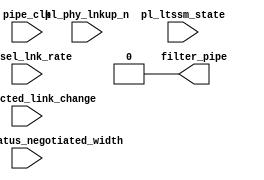
//-----------------------------------------------------------------------------
//
// (c) Copyright 2009 Xilinx, Inc. All rights reserved.
//
// This file contains confidential and proprietary information
// of Xilinx, Inc. and is protected under U.S. and
// international copyright and other intellectual property
// laws.
//
// DISCLAIMER
// This disclaimer is not a license and does not grant any
// rights to the materials distributed herewith. Except as
// otherwise provided in a valid license issued to you by
// Xilinx, and to the maximum extent permitted by applicable
// law: (1) THESE MATERIALS ARE MADE AVAILABLE "AS IS" AND
// WITH ALL FAULTS, AND XILINX HEREBY DISCLAIMS ALL WARRANTIES
// AND CONDITIONS, EXPRESS, IMPLIED, OR STATUTORY, INCLUDING
// BUT NOT LIMITED TO WARRANTIES OF MERCHANTABILITY, NON-
// INFRINGEMENT, OR FITNESS FOR ANY PARTICULAR PURPOSE; and
// (2) Xilinx shall not be liable (whether in contract or tort,
// including negligence, or under any other theory of
// liability) for any loss or damage of any kind or nature
// related to, arising under or in connection with these
// materials, including for any direct, or any indirect,
// special, incidental, or consequential loss or damage
// (including loss of data, profits, goodwill, or any type of
// loss or damage suffered as a result of any action brought
// by a third party) even if such damage or loss was
// reasonably foreseeable or Xilinx had been advised of the
// possibility of the same.
//
// CRITICAL APPLICATIONS
// Xilinx products are not designed or intended to be fail-
// safe, or for use in any application requiring fail-safe
// performance, such as life-support or safety devices or
// systems, Class III medical devices, nuclear facilities,
// applications related to the deployment of airbags, or any
// other applications that could lead to death, personal
// injury, or severe property or environmental damage
// (individually and collectively, "Critical
// Applications"). Customer assumes the sole risk and
// liability of any use of Xilinx products in Critical
// Applications, subject only to applicable laws and
// regulations governing limitations on product liability.
//
// THIS COPYRIGHT NOTICE AND DISCLAIMER MUST BE RETAINED AS
// PART OF THIS FILE AT ALL TIMES.
//
//-----------------------------------------------------------------------------
// Project    : Spartan-6 Integrated Block for PCI Express
// Description: Virtex6 Workaround for Root Port Upconfigurability Bug
//
//-----------------------------------------------------------------------------

`timescale 1ns/1ns

module pcie_upconfig_fix_3451_v6 # (

  parameter                                     UPSTREAM_FACING = "TRUE",
  parameter                                     PL_FAST_TRAIN = "FALSE",
  parameter                                     LINK_CAP_MAX_LINK_WIDTH = 6'h08

)
(

  input                                         pipe_clk,
  input                                         pl_phy_lnkup_n,

  input  [5:0]                                  pl_ltssm_state,
  input                                         pl_sel_lnk_rate,
  input  [1:0]                                  pl_directed_link_change,

  input  [3:0]                                  cfg_link_status_negotiated_width,

  output                                        filter_pipe

);

  parameter TCQ = 1;

  reg                                           reg_filter_pipe;

  reg  [5:0]                                    reg_prev_pl_ltssm_state;
  wire [5:0]                                    prev_pl_ltssm_state;

  reg  [15:0]                                   reg_tsx_counter;
  wire [15:0]                                   tsx_counter;

  wire [5:0]                                    cap_link_width;

  // Corrupting all Tsx on all lanes as soon as we do R.RC->R.RI transition to allow time for
  // the core to see the TS1s on all the lanes being configured at the same time
  // R.RI has a 2ms timeout.Corrupting tsxs for ~1/4 of that time
  // 225 pipe_clk cycles-sim_fast_train
  // 60000 pipe_clk cycles-without sim_fast_train
  // Not taking any action  when PLDIRECTEDLINKCHANGE is set

  always @ (posedge pipe_clk) begin

    if (pl_phy_lnkup_n) begin

      reg_tsx_counter <= #TCQ 16'h0;
      reg_filter_pipe <= #TCQ 1'b0;

    end else if ((pl_ltssm_state == 6'h20) &&
                 (prev_pl_ltssm_state == 6'h1d) &&
                 (cfg_link_status_negotiated_width != cap_link_width) &&
                 (pl_directed_link_change[1:0] == 2'b00)) begin

      reg_tsx_counter <= #TCQ 16'h0;
      reg_filter_pipe <= #TCQ 1'b1;

    end else if (filter_pipe == 1'b1) begin

      if (tsx_counter < ((PL_FAST_TRAIN == "TRUE") ? 16'd225: pl_sel_lnk_rate ? 16'd30000 : 16'd60000)) begin

        reg_tsx_counter <= #TCQ tsx_counter + 1'b1;
        reg_filter_pipe <= #TCQ 1'b1;

      end else begin

        reg_tsx_counter <= #TCQ 16'h0;
        reg_filter_pipe <= #TCQ 1'b0;

      end

    end

  end

  assign filter_pipe = (UPSTREAM_FACING == "TRUE") ? 1'b0 : reg_filter_pipe;
  assign tsx_counter = reg_tsx_counter;

  always @(posedge pipe_clk) begin

    if (pl_phy_lnkup_n)
      reg_prev_pl_ltssm_state <= #TCQ 6'h0;
    else
      reg_prev_pl_ltssm_state <= #TCQ pl_ltssm_state;

  end
  assign prev_pl_ltssm_state = reg_prev_pl_ltssm_state;

  assign cap_link_width = LINK_CAP_MAX_LINK_WIDTH;

endmodule